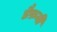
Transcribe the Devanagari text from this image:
डैफ़नी